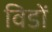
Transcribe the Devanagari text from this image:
विडों